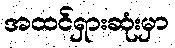
အထင်ရှားဆုံးမှာ